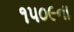
૧૫૦૯ના